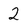
Character: 2